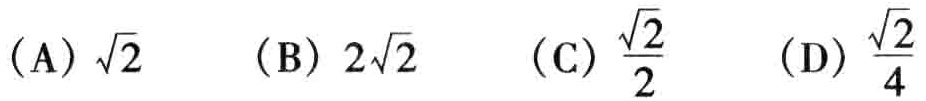
(A) \(\sqrt{2}\)  (B) \(2\sqrt{2}\)  (C) \(\frac{\sqrt{2}}{2}\)  (D) \(\frac{\sqrt{2}}{4}\)